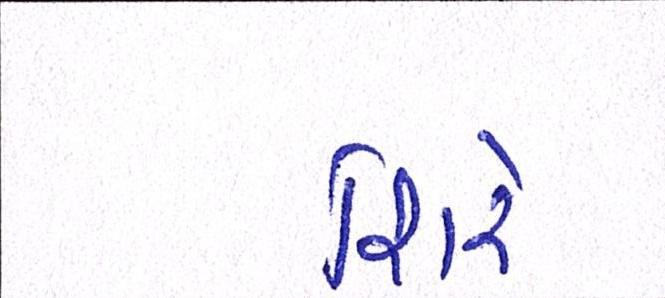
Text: શિરે